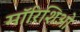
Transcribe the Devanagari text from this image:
मॉरिशिओ